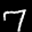
Label: 7